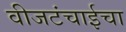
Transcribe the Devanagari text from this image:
वीजटंचाईचा